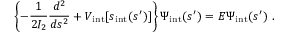
\left\{ - \frac { 1 } { 2 I _ { 2 } } \frac { d ^ { 2 } } { d s ^ { 2 } } + V _ { \mathrm { i n t } } [ s _ { \mathrm { i n t } } ( s ^ { \prime } ) ] \right\} \Psi _ { \mathrm { i n t } } ( s ^ { \prime } ) = E \Psi _ { \mathrm { i n t } } ( s ^ { \prime } ) \ .